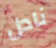
نادل